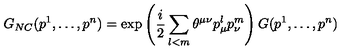
G _ { N C } ( p ^ { 1 } , \dots , p ^ { n } ) = \exp \left( \frac { i } { 2 } \sum _ { l < m } \theta ^ { \mu \nu } p _ { \mu } ^ { l } p _ { \nu } ^ { m } \right) G ( p ^ { 1 } , \dots , p ^ { n } )